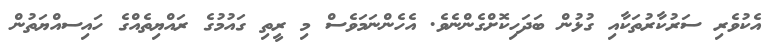
އެކުވެރި ސަރުކާރުތަކާއި ގުޅުން ބަދަހިކޮށްގެންނެވެ. އެހެންނަމަވެސް މި ރީތި ގައުމުގެ ރައްޔިތެއްގެ ހައިސއްޔަތުން